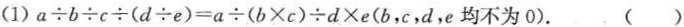
(1)$$a \div b \div c \div ( d \div e ) = a \div ( b \times c ) \div d \times e$$(b，c，d，e均不为0). ( )